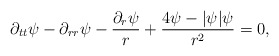
\begin{align*}\partial_{tt}\psi-\partial_{rr}\psi-\frac{\partial_r\psi}{r}+\frac{4\psi-|\psi|\psi}{r^2}=0,\end{align*}